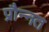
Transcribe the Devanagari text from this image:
प्रौन्‍नत